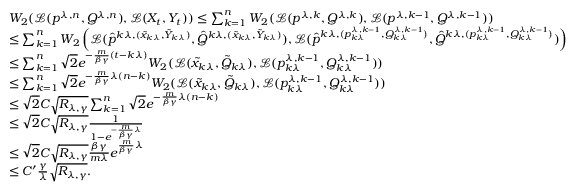
\begin{array} { r l } & { W _ { 2 } ( \mathcal { L } ( p ^ { \lambda , n } , Q ^ { \lambda , n } ) , \mathcal { L } ( X _ { t } , Y _ { t } ) ) \leq \sum _ { k = 1 } ^ { n } W _ { 2 } ( \mathcal { L } ( { p ^ { \lambda , k } } , Q ^ { \lambda , k } ) , \mathcal { L } ( p ^ { \lambda , k - 1 } , Q ^ { \lambda , k - 1 } ) ) } \\ & { \leq \sum _ { k = 1 } ^ { n } W _ { 2 } \left( \mathcal { L } ( \hat { p } ^ { k \lambda , ( \tilde { x } _ { k \lambda } , \tilde { Y } _ { k \lambda } ) } , \hat { Q } ^ { k \lambda , ( \tilde { x } _ { k \lambda } , \tilde { Y } _ { k \lambda } ) } ) , \mathcal { L } ( \hat { p } ^ { k \lambda , ( p _ { k \lambda } ^ { \lambda , k - 1 } , Q _ { k \lambda } ^ { \lambda , k - 1 } ) } , \hat { Q } ^ { k \lambda , ( p _ { k \lambda } ^ { \lambda , k - 1 } , Q _ { k \lambda } ^ { \lambda , k - 1 } ) } ) \right) } \\ & { \leq \sum _ { k = 1 } ^ { n } \sqrt { 2 } e ^ { - \frac { m } { \beta \gamma } ( t - k \lambda ) } W _ { 2 } ( \mathcal { L } ( \tilde { x } _ { k \lambda } , \tilde { Q } _ { k \lambda } ) , \mathcal { L } ( p _ { k \lambda } ^ { \lambda , k - 1 } , Q _ { k \lambda } ^ { \lambda , k - 1 } ) ) } \\ & { \leq \sum _ { k = 1 } ^ { n } \sqrt { 2 } e ^ { - \frac { m } { \beta \gamma } \lambda ( n - k ) } W _ { 2 } ( \mathcal { L } ( \tilde { x } _ { k \lambda } , \tilde { Q } _ { k \lambda } ) , \mathcal { L } ( p _ { k \lambda } ^ { \lambda , k - 1 } , Q _ { k \lambda } ^ { \lambda , k - 1 } ) ) } \\ & { \leq \sqrt { 2 } C \sqrt { R _ { \lambda , \gamma } } \sum _ { k = 1 } ^ { n } \sqrt { 2 } e ^ { - \frac { m } { \beta \gamma } \lambda ( n - k ) } } \\ & { \leq \sqrt { 2 } C \sqrt { R _ { \lambda , \gamma } } \frac { 1 } { 1 - e ^ { - \frac { m } { \beta \gamma } \lambda } } } \\ & { \leq \sqrt { 2 } C \sqrt { R _ { \lambda , \gamma } } \frac { \beta \gamma } { m \lambda } e ^ { \frac { m } { \beta \gamma } \lambda } } \\ & { \leq C ^ { \prime } \frac { \gamma } { \lambda } \sqrt { R _ { \lambda , \gamma } } . } \end{array}